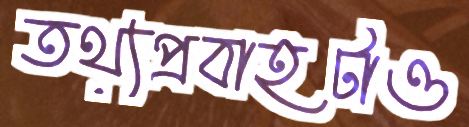
তথ্যপ্রবাহটাও